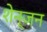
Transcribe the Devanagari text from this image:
शेन्जन